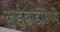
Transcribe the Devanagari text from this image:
कुर्डुवाडीमध्ये